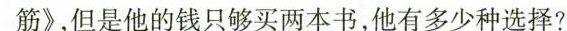
筋》，但是他的钱只够买两本书，他有多少种选择?